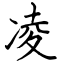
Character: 凌